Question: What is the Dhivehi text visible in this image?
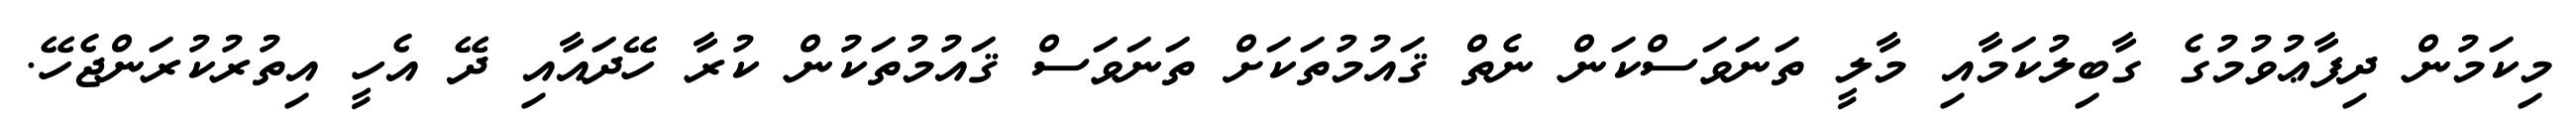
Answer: މިކަމުން ދިފާޢުވުމުގެ ގާބިލުކަމާއި މާލީ ތަނަވަސްކަން ނެތް ޤައުމުތަކަށް ތަނަވަސް ޤައުމުތަކުން ކުރާ ހޭދައާއި ދޭ އެހީ އިތުރުކުރަންޖެހޭ.